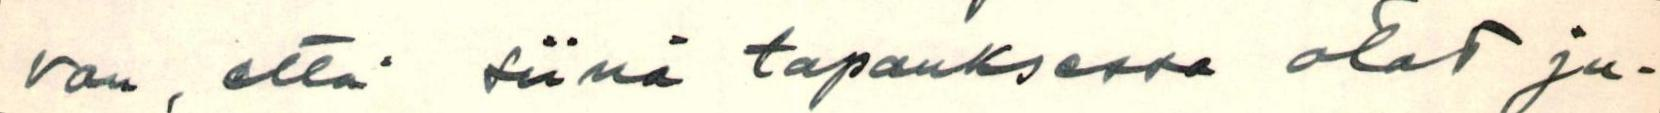
von, että siinä tapauksessa otat ju-